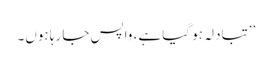
’’تبادلہ ہو گیا ہے، واپس جا رہا ہوں۔